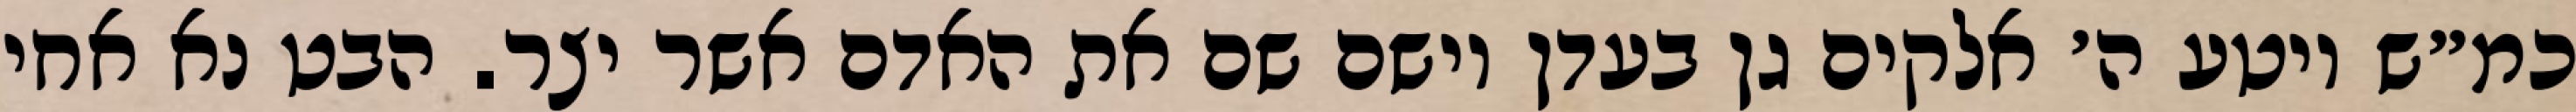
כמ״ש ויטע ה׳ אלקים גן בעדן וישם שם את האדם אשר יצר. הבט נא אחי